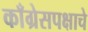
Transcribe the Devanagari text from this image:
काँग्रेसपक्षाचे